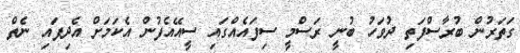
ގަތަރުން ބުރާސްފަތި ދުވަހު ބުނީ ރަސްމީ ސިފައެއްގައި ސީއޭއެފުން އެކަމަށް އެދިފައި ނެތް